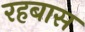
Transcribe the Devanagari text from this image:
रहबास